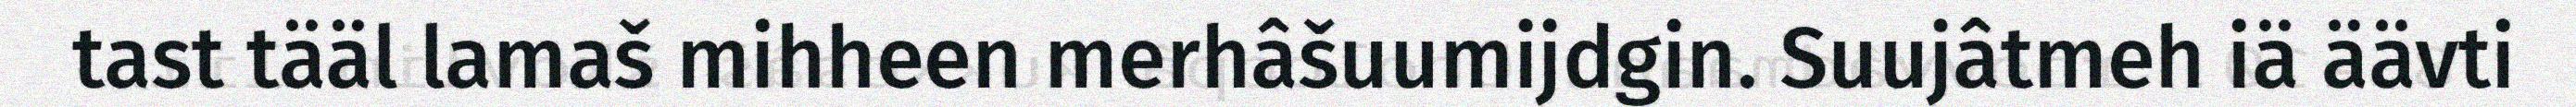
tast tääl lamaš mihheen merhâšuumijdgin. Suujâtmeh iä äävti